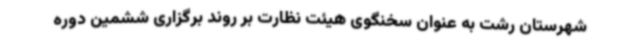
شهرستان رشت به عنوان سخنگوی هیئت نظارت بر روند برگزاری ششمین دوره